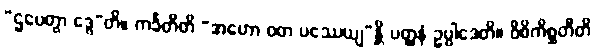
“ဌပေတွာ ဒွေ”တိ။ ကင်္ခတီတိ “အဟော ဝတ ပဿေယျ”န္တိ ပတ္ထနံ ဥပ္ပါဒေတိ။ ဝိစိကိစ္ဆတီတိ